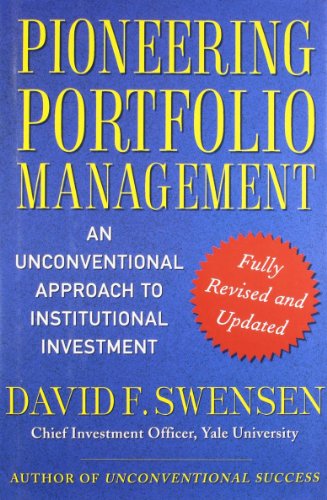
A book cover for Pioneering Portfolio Management: An Unconventional Approach to Institutional Investment, Fully Revised and Updated; David F. Swensen; Business & Money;